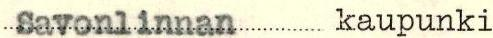
Savonlinnan kaupunki